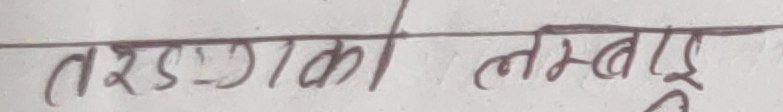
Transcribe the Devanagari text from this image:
तरड्गकाको लम्बाई